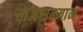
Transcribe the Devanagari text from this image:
राजसन्मान